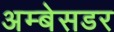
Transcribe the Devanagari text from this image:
अम्बेसडर